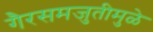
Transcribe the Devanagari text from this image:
गैरसमजुतीमुळे